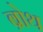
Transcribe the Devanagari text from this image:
ब्रोथ